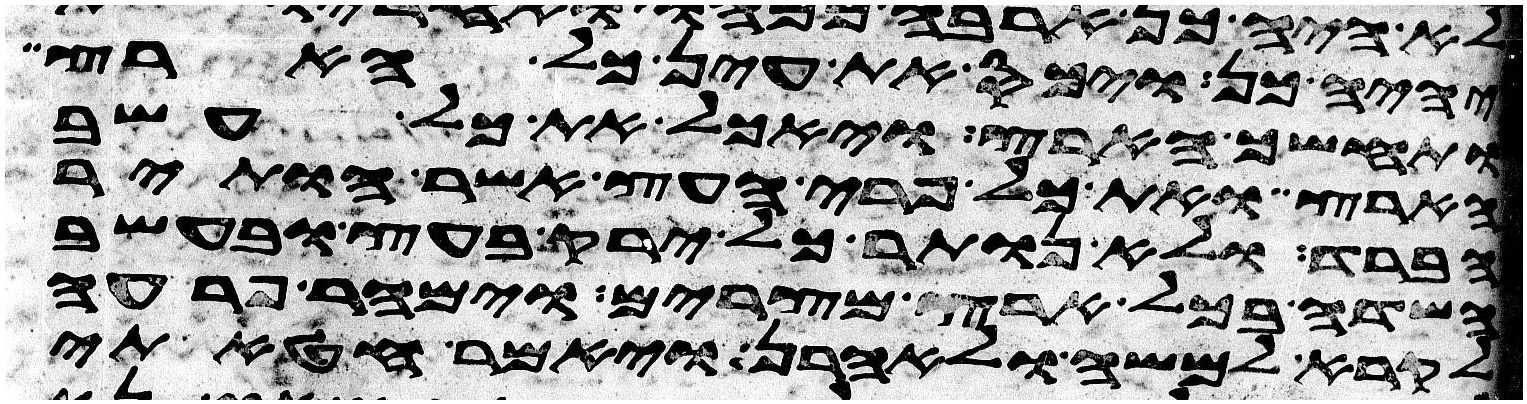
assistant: יהיה כן ויכס את עין כל הארץ
ותחשך הארץ ויאכל את כל עשב
הארץ ואת כל פרי העץ אשר הותיר
הברד ולא נותר כל ירק בעץ ובעשב
השדה בכל ארץ מצרים וימהר פרעה
לקרא למשה ולאהרן ויאמר חטאתי